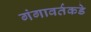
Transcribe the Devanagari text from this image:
गंगावर्तकडे